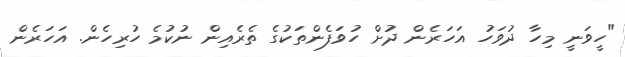
"ހީވަނީ މިހާ ދުވަހު އަހަރެން ދުށް ހުވަފެންތަކުގެ ތެރެއިން ނުކުމެ ހުރިހެން. އަހަރެން